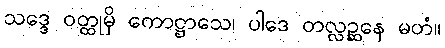
သဒ္ဒေ ဝတ္ထုမှိ ကောဋ္ဌာသေ၊ ပါဒေ တလ္လဉ္ဆနေ မတံ။